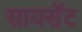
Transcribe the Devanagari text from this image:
सायसॅट